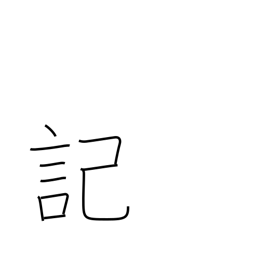
Meaning: scribe